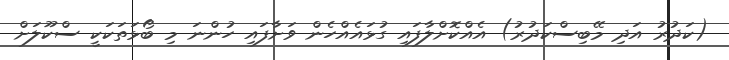
(ކަދުރު އަދި މޭބިސްކަދުރު) އެއްކޮށްލާފައި ގުޅައެއްހެން ވަށާފައި ހުންނަ މި ބޯޅަތަކަކީ ސްކޫލަށް